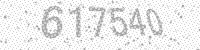
Solution: 617540